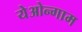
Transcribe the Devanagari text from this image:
येओन्गाम